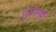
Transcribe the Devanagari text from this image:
नूगलर्स